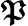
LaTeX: \boldsymbol{\mathfrak{P}}